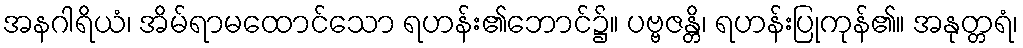
အနဂါရိယံ၊ အိမ်ရာမထောင်သော ရဟန်း၏ဘောင်၌။ ပဗ္ဗဇန္တိ၊ ရဟန်းပြုကုန်၏။ အနုတ္တရံ၊